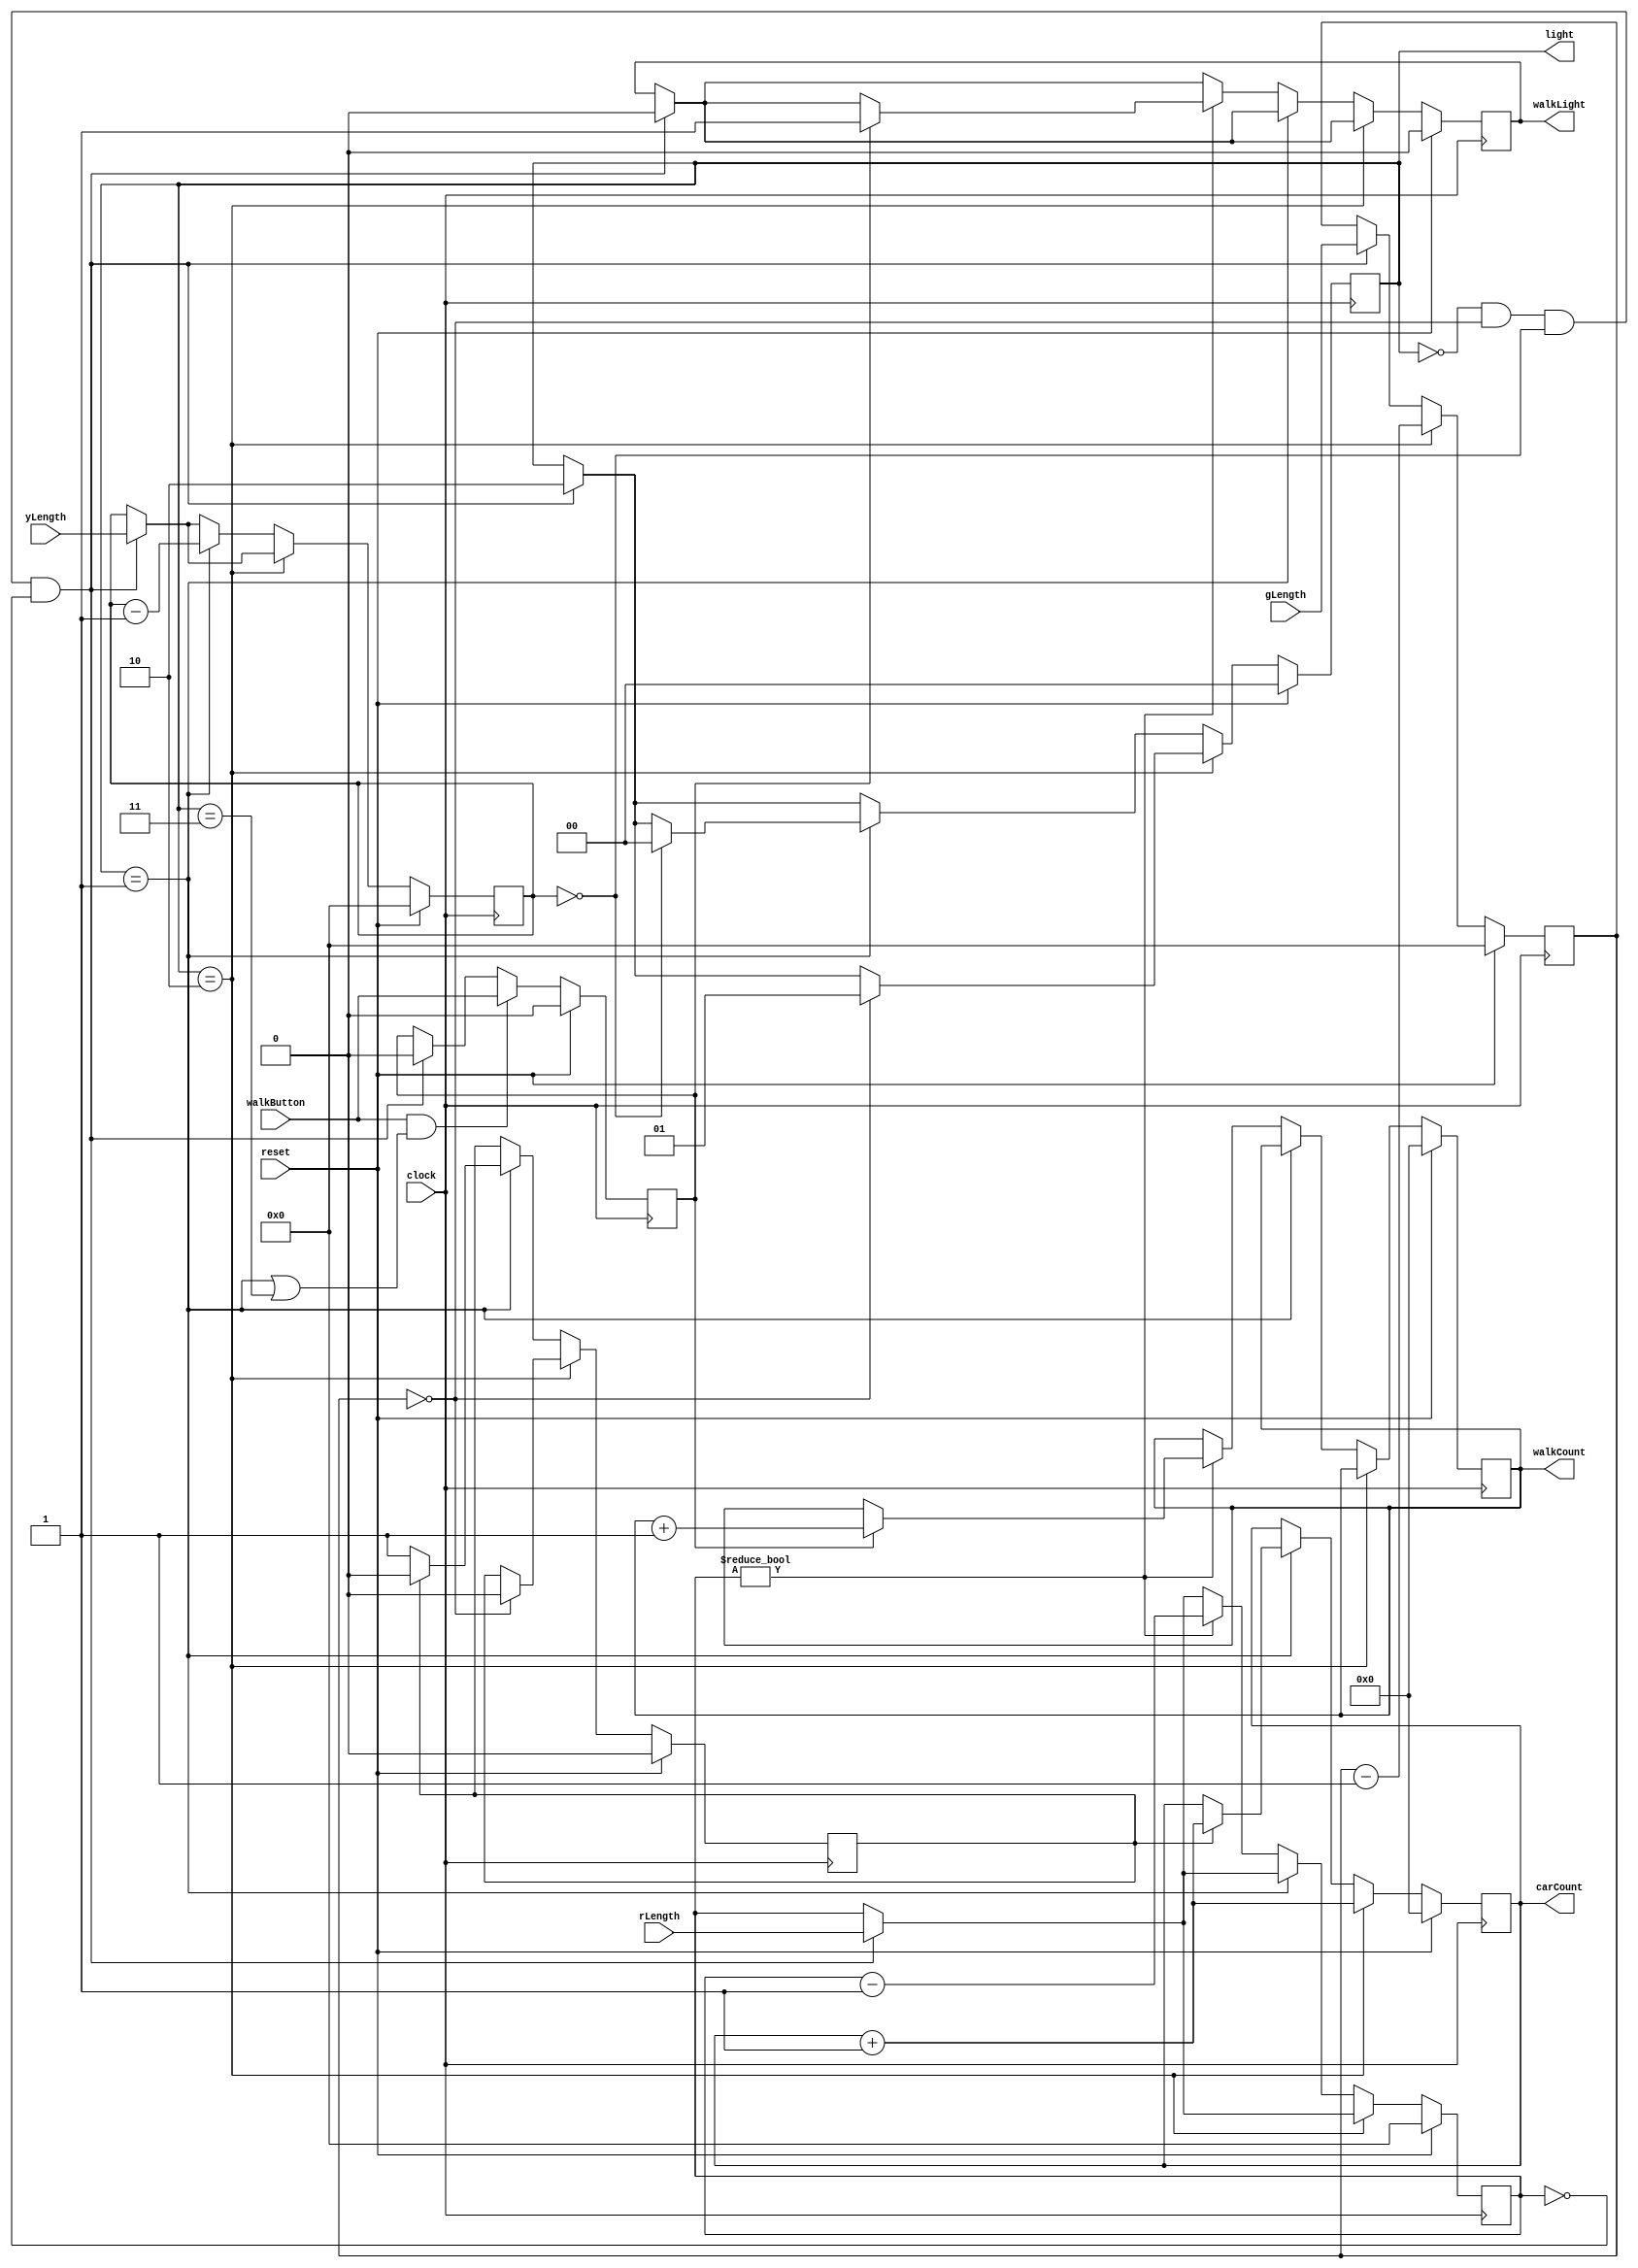
module trafficLight(clock,reset, gLength, yLength, rLength, carCount, light,walkButton, walkLight, walkCount);
    input clock;
    input reset; 
    input walkButton;
    input [10:0] gLength; //length of green light
    input [10:0] yLength; //length of yellow light
    input [10:0] rLength; //length of red light
    output [8:0] carCount; //total cars passed in sequence
    output [1:0] light; //current light color 
    output [8:0] walkCount; //count of "people" walked during a red light
    output walkLight; //use to "display" walk light
    reg [8:0] carCount; 
    reg [8:0] walkCount;
    reg [1:0] light;
    reg walkLight; 
    

    reg [10:0] currentCounterGreen; //store the time left on green light
    reg [10:0] currentCounterYellow; //store the time left on yellow light
    reg [10:0] currentCounterRed; //store the time left on red light
    //yellow light helper
    reg yellowFlipper = 0; //May not technically be accurate but idea is less cars go through yellow light so every other posEdge send a car through...
    reg walkEnable = 0; 
    
    //light options 
    //00: red
    //01: yellow
    //11: green
    
    always @(posedge clock) begin 
        if(reset) begin
            currentCounterGreen <= 0;
            currentCounterYellow <= 0;
            currentCounterRed <= 0;
            light <= 2'b00;
            carCount <= 0;
            walkCount <= 0;
            walkEnable <= 0;
            walkLight <= 0;
            yellowFlipper <= 0;
        end
        else begin
            if(light == 2'b00 && currentCounterGreen == 0 && currentCounterYellow == 0 && currentCounterRed == 0 )begin //right after a reset
                currentCounterGreen <= gLength;
                currentCounterYellow <= yLength;
                currentCounterRed <= rLength;
                walkEnable <= 0;
                light <= 2'b10;
                walkLight <= 0;
            end
            if(walkButton && (light == 2'b01 || light == 2'b11))begin //button was pushed during green or yellow cycle so 
                walkEnable <= walkButton;
            end
            if(light == 2'b10) begin //we are at a green light so count passing cars and 
                carCount <= carCount + 1;
                currentCounterGreen <= currentCounterGreen - 1;
                if(currentCounterGreen == 0) begin //the green light period is now over so set light to yellow
                    light <= 2'b01;
                    yellowFlipper = 0;
                end
            end
            else if(light == 2'b01)begin // cars pass by at "half" speed
                if(yellowFlipper)begin
                    carCount <= carCount + 1;
                    currentCounterYellow <= currentCounterYellow - 1;
                    yellowFlipper <= 0;
                    if(currentCounterYellow == 0)begin
                        light <= 2'b00; //yellow period is over so set light to red
                    end
                end
                else begin //flipper is off so reduce light cycle time but do not increase count;
                    yellowFlipper <= 1; 
                    currentCounterYellow <= currentCounterYellow - 1;
                    if(currentCounterYellow == 0)begin
                        light <= 2'b00; //yellow period is over so set light to red
                    end
                    
                end
            end
            else begin //light == 2'b00 so its red but we need to check if the walkButton was pressed during green or yellow cycle
                if(currentCounterRed != 0)begin
                    if (walkEnable) begin
                        walkLight <= 1;
                        walkCount <= walkCount + 1; 
                    end
                    currentCounterRed <= currentCounterRed - 1;
                end
            end
        end    
        
    end
endmodule